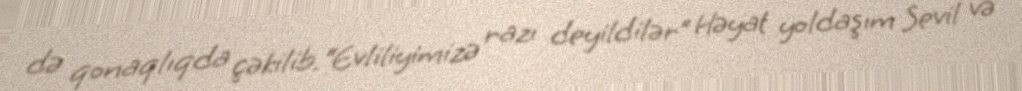
də qonaqlıqda çəkilib.“Evliliyimizə razı deyildilər” Həyat yoldaşım Sevil və